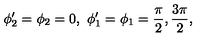
\phi _ { 2 } ^ { \prime } = \phi _ { 2 } = 0 , \ \phi _ { 1 } ^ { \prime } = \phi _ { 1 } = { \frac { \pi } { 2 } } , { \frac { 3 \pi } { 2 } } ,